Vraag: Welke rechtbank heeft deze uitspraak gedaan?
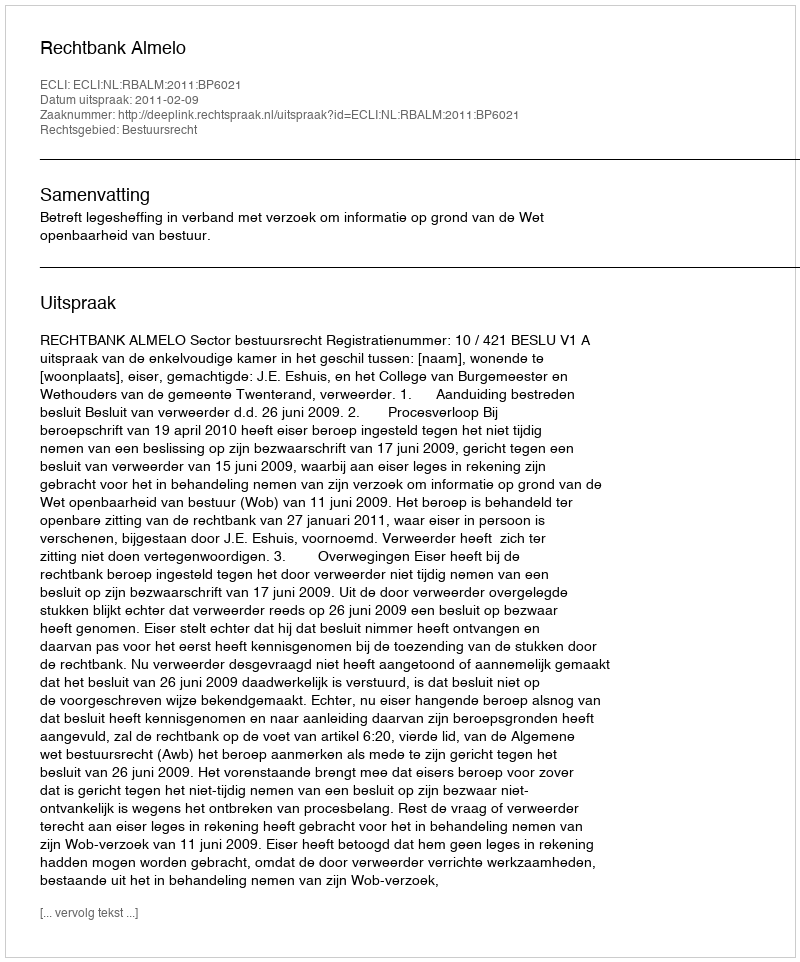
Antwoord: Rechtbank Almelo